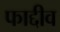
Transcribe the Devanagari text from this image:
फाद्दीव